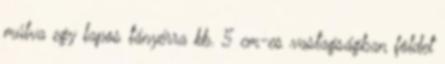
múlva egy lapos tányérra kb. 5 cm-es vastagságban földet